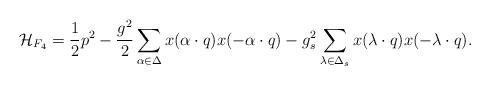
LaTeX: \begin{align*}{\cal H}_{F_4}={1\over2}p^2-{g^2\over2} \sum_{\alpha\in\Delta} x(\alpha\cdot q)x(-\alpha\cdot q)- {g_s^2}\sum_{\lambda\in\Delta_s} x(\lambda\cdot q)x(-\lambda\cdot q). \end{align*}